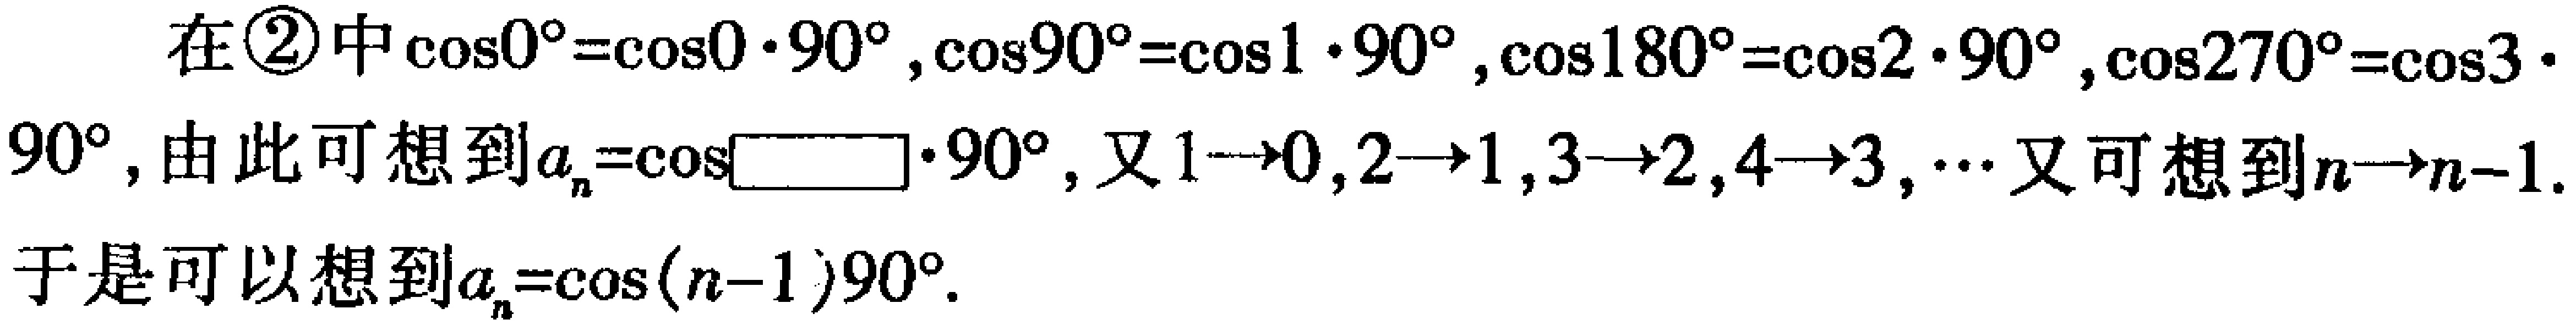
在\textcircled{2}中\(\cos0^{\circ}=\cos0\cdot90^{\circ},\cos90^{\circ}=\cos1\cdot90^{\circ},\cos180^{\circ}=\cos2\cdot90^{\circ},\cos270^{\circ}=\cos3\cdot90^{\circ}\)，由此可想到\(a_{n}=\cos\square\cdot90^{\circ}\)，又\(1\rightarrow0,2\rightarrow1,3\rightarrow2,4\rightarrow3,\cdots\)又可想到\(n\rightarrow n - 1\). 于是可以想到\(a_{n}=\cos(n - 1)90^{\circ}\).